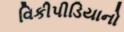
વિકીપીડિયાનો